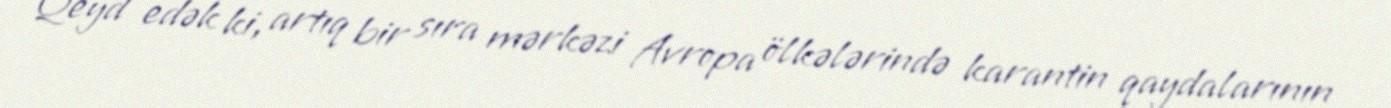
Qeyd edək ki, artıq bir sıra mərkəzi Avropa ölkələrində karantin qaydalarının